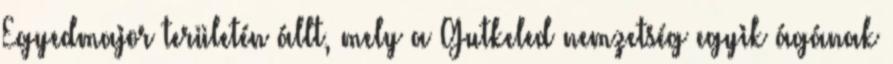
Egyedmajor területén állt, mely a Gutkeled nemzetség egyik ágának